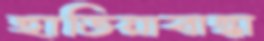
হাতিয়াবান্ধা